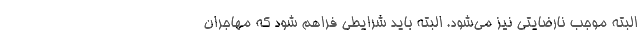
البته موجب نارضایتی نیز می‌شود. البته باید شرایطی فراهم شود که مهاجران